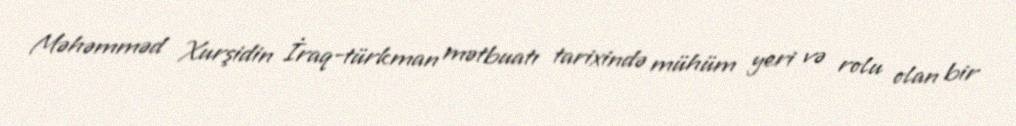
Məhəmməd Xurşidin İraq-türkman mətbuatı tarixində mühüm yeri və rolu olan bir